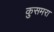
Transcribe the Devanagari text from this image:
कुसमरा